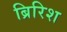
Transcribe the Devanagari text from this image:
ब्रिरिश